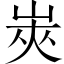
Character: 𰎟